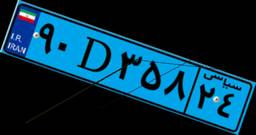
۲۱D۲۱۹۷۸